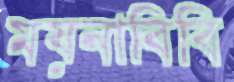
ময়নাবিবি